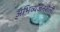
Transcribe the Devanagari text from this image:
अभिव्यंजनशैली